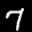
Label: 7